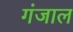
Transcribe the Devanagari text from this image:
गंजाल